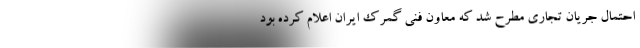
احتمال جریان تجاری مطرح شد که معاون فنی گمرک ایران اعلام کرده بود